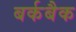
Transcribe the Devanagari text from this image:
बर्कबैक